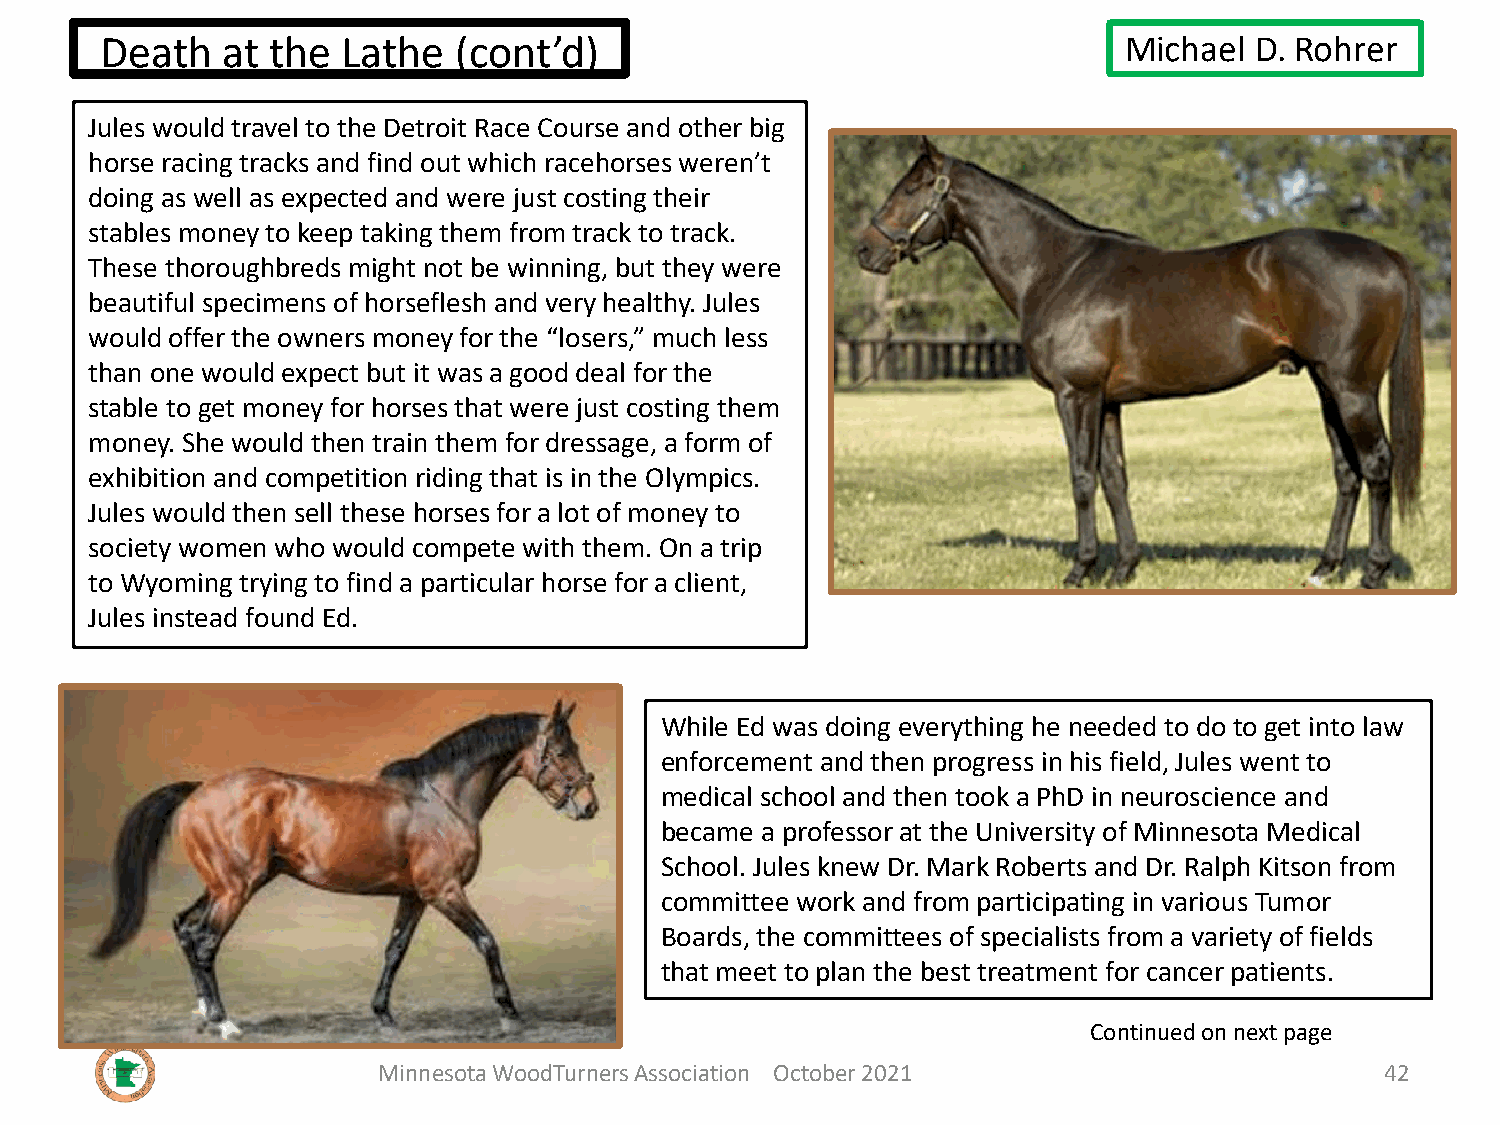
Death   at the  Lathe  (cont’d)                                    Michael  D. Rohrer
 Jules would travel to the Detroit Race Course and other big
 horse racing tracks and find out which racehorses weren’t
 doing as well as expected and were just costing their
 stables money to keep taking them from track to track.
 These thoroughbreds might not be winning, but they were
 beautiful specimens of horseflesh and very healthy. Jules
 would offer the owners money for the “losers,” much less
 than one would expect but it was a good deal for the
 stable to get money for horses that were just costing them
 money. She would then train them for dressage, a form of
 exhibition and competition riding that is in the Olympics.
 Jules would then sell these horses for a lot of money to
 society women who would compete with them. On a trip
 to Wyoming trying to find a particular horse for a client,
 Jules instead found Ed.
 While Ed was doing everything he needed to do to get into law
 enforcement and then progress in his field, Jules went to
 medical school and then took a PhD in neuroscience and
 became a professor at the University of Minnesota Medical
 School. Jules knew Dr. Mark Roberts and Dr. Ralph Kitson from
 committee work and from participating in various Tumor
 Boards, the committees of specialists from a variety of fields
 that meet to plan the best treatment for cancer patients.
 Continued on next page
 Minnesota WoodTurners Association October 2021                     42